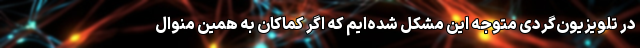
در تلویزیون‌گردی متوجه این مشکل شده‌ایم که اگر کماکان به همین منوال